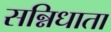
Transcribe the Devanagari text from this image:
सन्निधाता